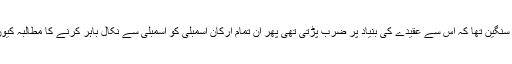
اگر یہ معاملہ اتنا سنگین تھا کہ اس سے عقیدے کی بنیاد پر ضرب پڑتی تھی پھر ان تمام ارکانِ اسمبلی کو اسمبلی سے نکال باہر کرنے کا مطالبہ کیوں نہیں کیا جارہا؟